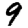
Digit: 9